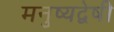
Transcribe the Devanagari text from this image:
मनुष्यद्वेषी